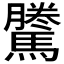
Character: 𱄴